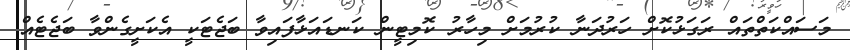
މަސައްކަތްތައް ރަގަޅުކޮށް ހަރުދަނާ ކުރުމަށް މިހާރު ކޮމިޓީން ކަނޑައަޅާފައިވާ ބަޖެޓަކީ އެކަށީގެންވާ ބަޖެޓެއް